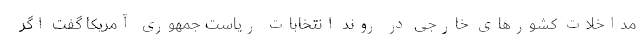
مداخلات کشورهای خارجی در روند انتخابات ریاست جمهوری آمریکا گفت اگر